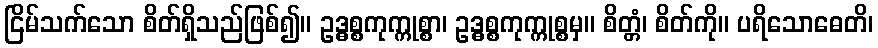
ငြိမ်သက်သော စိတ်ရှိသည်ဖြစ်၍။ ဥဒ္ဓစ္စကုက္ကုစ္စာ၊ ဥဒ္ဓစ္စကုက္ကုစ္စမှ။ စိတ္တံ၊ စိတ်ကို။ ပရိသောဓေတိ၊